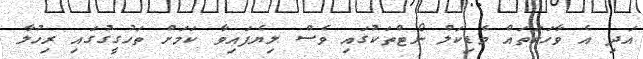
އަދި އެ ވާހަކަތައް މެޑިކަލް ނޯޓްތަކުގައި ވެސް ލިޔެފައިވާ ކަމަށް ތަހުގީގުގައި ރިހުލާ